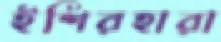
ইশিরহারা